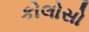
કોલોસો